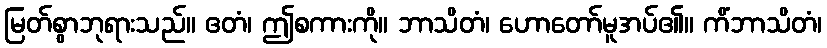
မြတ်စွာဘုရားသည်။ ဧတံ၊ ဤစကားကို။ ဘာသိတံ၊ ဟောတော်မူအပ်၏။ ကိံဘာသိတံ၊